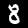
Digit: 8